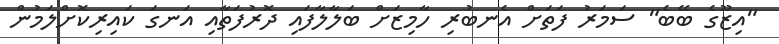
"އިޒޫގެ ބޭބެ" ސަމަރު ފަތަށް އެނބުރި ހާމިޒަށް ބަލާލާފައި ދޮރުފަތާއި އަނގަ ކައިރިކޮށްލަމުން